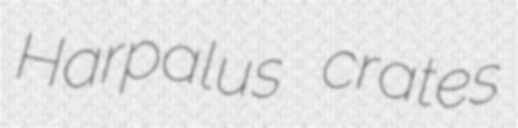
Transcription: Harpalus crates